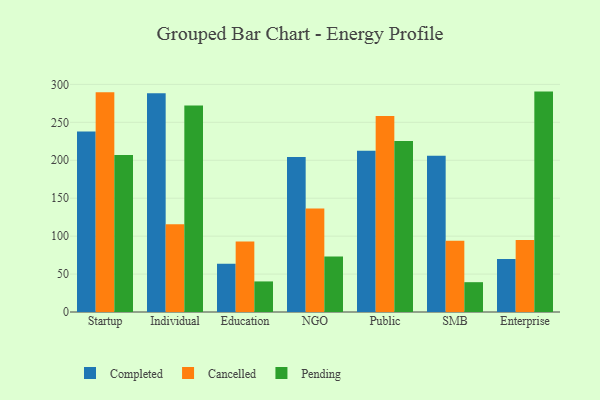
{"axis": {"x": "Segment", "y": "Bounce Rate (%)"}, "legend": ["Cancelled", "Completed", "Pending"], "data": [{"x": "Startup", "y": 238.0, "type": "Completed"}, {"x": "Startup", "y": 289.8, "type": "Cancelled"}, {"x": "Startup", "y": 206.9, "type": "Pending"}, {"x": "Individual", "y": 288.2, "type": "Completed"}, {"x": "Individual", "y": 115.7, "type": "Cancelled"}, {"x": "Individual", "y": 272.2, "type": "Pending"}, {"x": "Education", "y": 63.6, "type": "Completed"}, {"x": "Education", "y": 92.8, "type": "Cancelled"}, {"x": "Education", "y": 40.3, "type": "Pending"}, {"x": "NGO", "y": 204.2, "type": "Completed"}, {"x": "NGO", "y": 136.3, "type": "Cancelled"}, {"x": "NGO", "y": 73.2, "type": "Pending"}, {"x": "Public", "y": 212.4, "type": "Completed"}, {"x": "Public", "y": 258.2, "type": "Cancelled"}, {"x": "Public", "y": 225.5, "type": "Pending"}, {"x": "SMB", "y": 206.0, "type": "Completed"}, {"x": "SMB", "y": 94.0, "type": "Cancelled"}, {"x": "SMB", "y": 39.3, "type": "Pending"}, {"x": "Enterprise", "y": 69.8, "type": "Completed"}, {"x": "Enterprise", "y": 94.9, "type": "Cancelled"}, {"x": "Enterprise", "y": 290.5, "type": "Pending"}]}